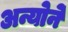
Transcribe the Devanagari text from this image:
अन्योने